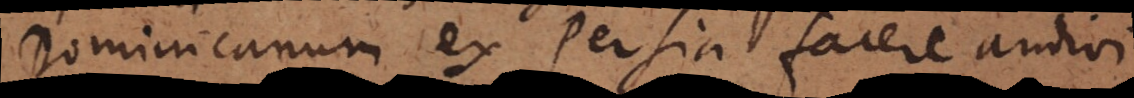
Dominicanum ex Persia facere audivi